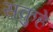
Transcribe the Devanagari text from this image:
सकुहे